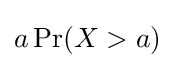
a\operatorname {Pr} (X>a)